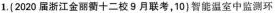
1.(2020届浙江金丽衢十二校9月联考，10}智能温室中监测环